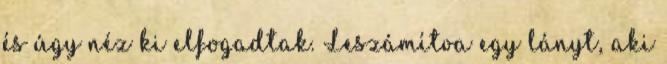
és úgy néz ki elfogadtak. Leszámítva egy lányt, aki